Report on malaria in the Punjab during the year ...  together with an account of the work of the Punjab Malaria Bureau - Volume 3
Disease focus: Malaria
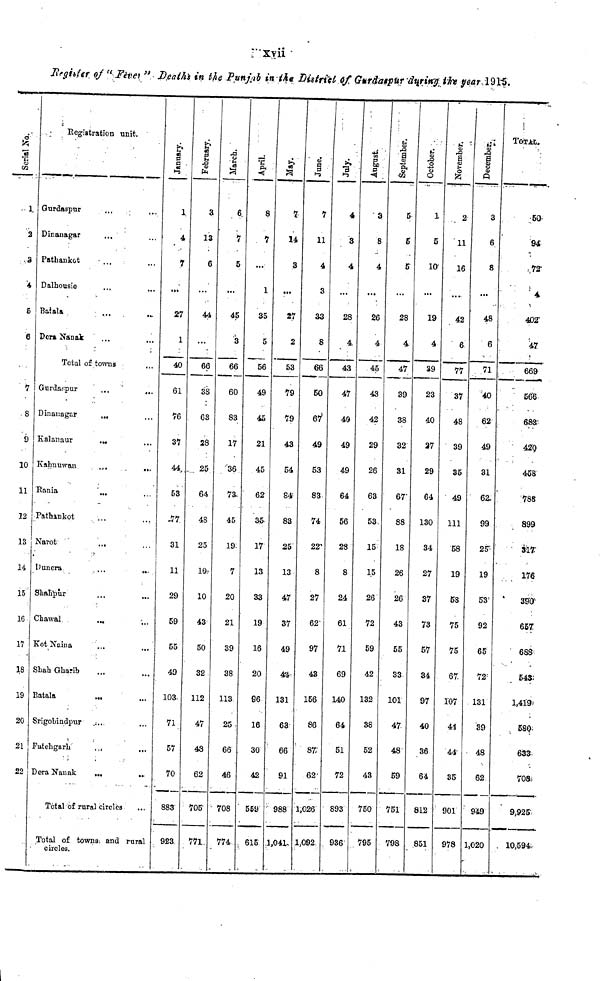
xvii
Register of "Fever" Deaths in the Punjab in the District of Gurdaspur durin
Serial No.
1
2
3
4
5
6
7
8
9
10
11
12
13
14
15
16
17
18
19
20
21
22
Registration unit.
Gurdaspur
Dinanagar
Patbankot
Dalhousie
Batala
Dera Nanak
Total of towns
Gurdaspur
Dinaragar
Kalanaur
Kahnuwan
Rama
Pathankot
Naiot
Dunera
Shahpur
Chawal
Kot Naina
Shah Ghanb
Batala
Srigobindpur
Fatehgarh
Dera Nanak
Total of rural circles
Total of towns and rural circles.
January.
1
4
7
27
1
40
61
76
37
44
53
77
31
11
29
59
55
49
103
71
57
70
883
923
February.
3
13
6
44
...
66
38
63
28
25
64
48
25
10
10
43
50
32
112
47
43
62
705
771
March.
6
7
5
45
3
66
60
83
17
36
73-
45
19
7
20
21
39
38
113
25
66
46
708
774
April.
8
7
...
1
35
5
56
49
45
21
45
62
35
17
13
33
19
16
20
16
30
42
559
615
May.
7
14
3
27
2
53
79
79
43
54
84
83
25
13
47
37
49
44
131
63
66
91
988
1,041
June.
7
11
4
3
33
8
66
50
67
49
53
83
74
22
8
27
62
97
43
156
86
87
62
1,026
1,092
July.
3
4
28
4
43
47
40
49
49
64
56
28
8
24
61
71
69
140
64
51
72
893
936
August.
3
8
4
26
4
45
43
42
29
26
63
53
15
15
26
72
59
42
132
38
52
43
750
795
September.
5
S
5
28
4
47
39
38
32
31
67
88
18
26
26
43
55
33
101
47
48
59
751
798
October.
1
5
10
19
4
39
23
40
27
29
64
130
34
27
37
73
57
34
97
40
36
64
812
851
November.
2
11
16
42
6
77
37
48
39
35
49
111
58
19
58
75
75
67
107
41
44
35
901
978
December.
3
6
8
48
6
71
40
62
49
31
62.
99
25'
19
53
92
65
72
131
39
48
62
949
1,020
TOTAL.
50
94
72
4,
402
47
669
566
688
420
458
788
899
317
176
390
657
688
54S
1,419'
5S0
633
708
9,925
10,594